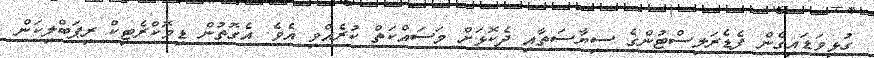
ގުޅިވަޑައިގެން ފެޑެރަލިސްޓުންގެ ސިޔާސަތާއި ދެކޮޅަށް މަސައްކަތް ކުރެއްވި އެވެ. އެގޮތުން ޑިމޮކްރެޓިކް ރިޕަބްލިކަން